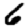
Digit: 6